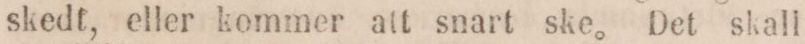
skedt, eller kommer att snart ske. Det skall